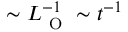
\sim L _ { \mathrm { ~ O ~ } } ^ { - 1 } \sim t ^ { - 1 }